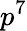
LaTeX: p^{7}